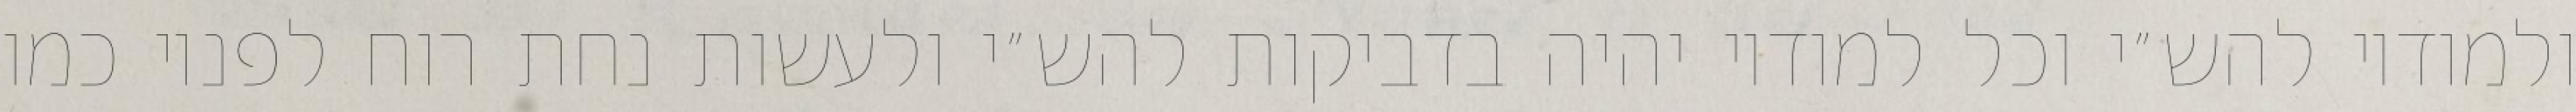
ולמודיו להש״י וכל למודיו יהיה בדביקות להש״י ולעשות נחת רוח לפניו כמו